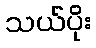
သယ်ပိုး